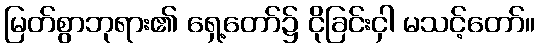
မြတ်စွာဘုရား၏ ရှေ့တော်၌ ငိုခြင်းငှါ မသင့်တော်။